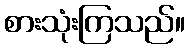
စားသုံးကြသည်။